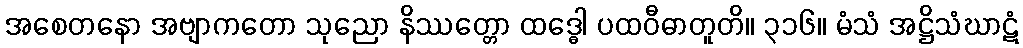
အစေတနော အဗျာကတော သုညော နိဿတ္တော ထဒ္ဓေါ ပထဝီဓာတူတိ။ ၃၁၆။ မံသံ အဋ္ဌိသံဃာဋံ